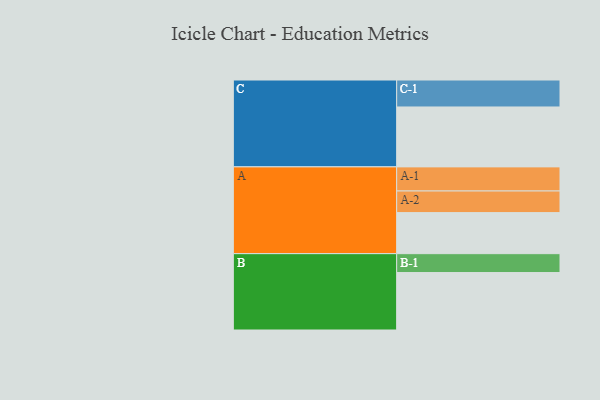
{"axis": {"x": "Segment", "y": "Value"}, "legend": ["", "A", "B", "C"], "data": [{"x": "A", "y": 385, "type": ""}, {"x": "B", "y": 539, "type": ""}, {"x": "C", "y": 562, "type": ""}, {"x": "A-1", "y": 226, "type": "A"}, {"x": "A-2", "y": 203, "type": "A"}, {"x": "B-1", "y": 177, "type": "B"}, {"x": "C-1", "y": 253, "type": "C"}]}